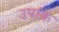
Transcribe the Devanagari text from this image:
उपांक